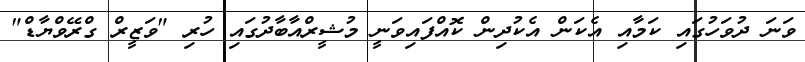
ވަނަ ދުވަހުގައި ކަމާއި އެކަން އެކުދިން ކޮއްފައިވަނީ މުޝީރްއާބާދުގައި ހުރި "ވަޒީރް ގްރޭވްޔާޑް"